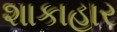
શાકાહાર